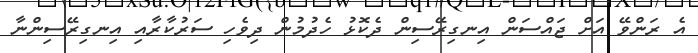
އެ ރަންވޭ އަށް ޖައްސަން އިނގިރޭސިން ދެކޮޅު ހެދުމުން ދިވެހި ސަރުކާރާއި އިނގިރޭސިންނާ